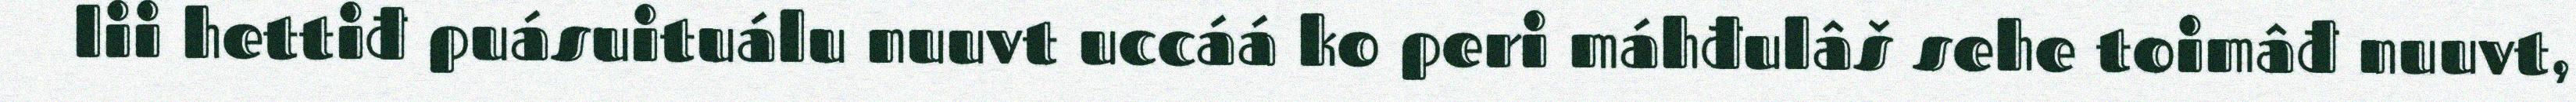
lii hettiđ puásuituálu nuuvt uccáá ko peri máhđulâš sehe toimâđ nuuvt,